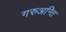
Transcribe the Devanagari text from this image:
गरुअन्ति